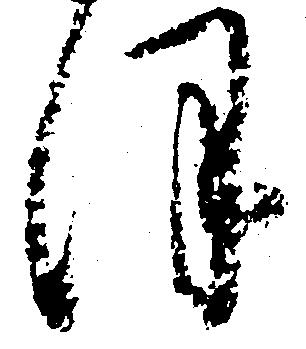
ほ